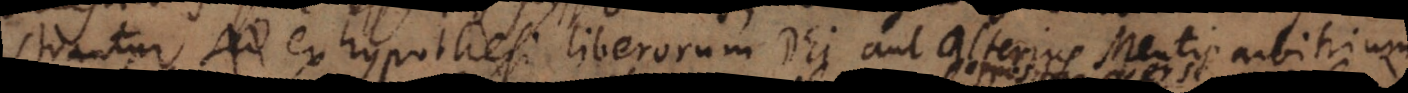
cognoscuntur sed hypothesi liberorum Dei aut alterius Mentis arbitrium